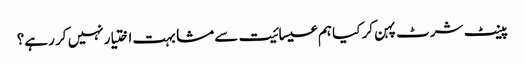
پینٹ شرٹ پہن کر کیا ہم عیسائیت سے مشابہت اختیار نہیں کر رہے؟